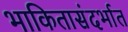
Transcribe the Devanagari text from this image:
भाकितासंदर्भात